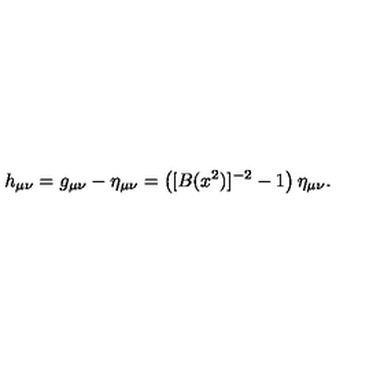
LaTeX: h _ { \mu \nu } = g _ { \mu \nu } - \eta _ { \mu \nu } = \left( [ B ( x ^ { 2 } ) ] ^ { - 2 } - 1 \right) \eta _ { \mu \nu } .